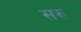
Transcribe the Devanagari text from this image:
सरु